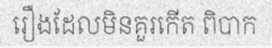
រឿងដែលមិនគួរកើត ពិបាក